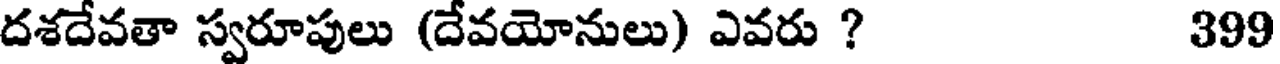
దశదేవతా స్వరూపులు (దేవయోనులు) ఎవరు ? 399